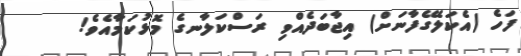
ފަހެ (އެކަލޭގެފާނަށް) އިޖާބަދެއްވި ރަސްކަލާނގެ މޮޅުކަމާއެވެ!